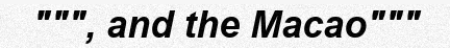
""", and the Macao"""